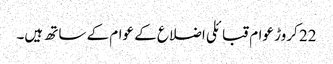
22 کروڑ عوام قبائلی اضلاع کے عوام کے ساتھ ہیں۔